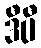
ဒီပီ